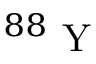
^ { 8 8 } \mathrm { ~ Y ~ }